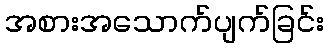
အစားအသောက်ပျက်ခြင်း